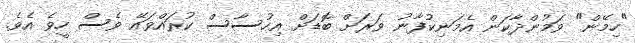
"ހިމޭން" ވަމުންދާކަން އެމަނިކުފާނު ވަރަށް ބޮޑަށް އިހުސާސް ކުރައްވައޭ ވެސް ހީވެ އެވެ.